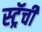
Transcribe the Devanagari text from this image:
स्ट्रॅची